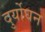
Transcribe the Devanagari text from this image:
दुर्योघन